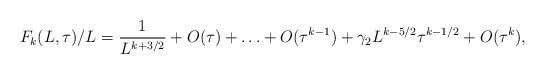
LaTeX: \begin{align*}F_k(L, \tau)/L = {1 \over L^{k+3/2}} + O(\tau) + \ldots + O(\tau^{k-1}) + \gamma_2 L^{k - 5/2} \tau^{k-1/2} + O(\tau^k), \end{align*}